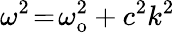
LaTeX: \omega^{2}\! =\! \omega_{\mathrm{o}}^{2}+c^{2}k^{2}